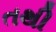
તથી